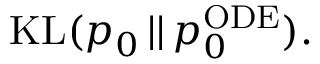
\begin{array} { r } { \mathrm { K L } ( p _ { 0 } \, | | \, p _ { 0 } ^ { \mathrm { O D E } } ) . } \end{array}